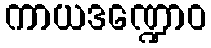
ကာယဒဏ္ဍောဝ